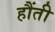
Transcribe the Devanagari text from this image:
हौंती